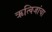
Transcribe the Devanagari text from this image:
ऋत्विजांचा